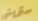
ستريني